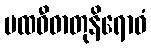
ပထဝီဓာတုနိရောဓံ